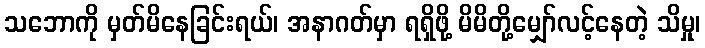
သဘောကို မှတ်မိနေခြင်းရယ်၊ အနာဂတ်မှာ ရရှိဖို့ မိမိတို့မျှော်လင့်နေတဲ့ သိမှု၊